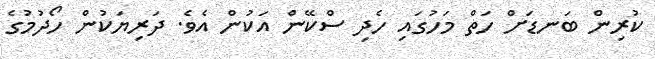
ކުރިން ބަނޑަށް ހަތް މަހުގައި ހެދި ސްކޭން އަކުން އެވެ. ދަރިޔަކުން ހޯދުމުގެ